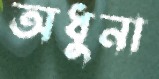
অধুনা